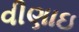
વીણાઇ